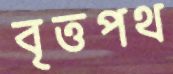
বৃত্তপথ